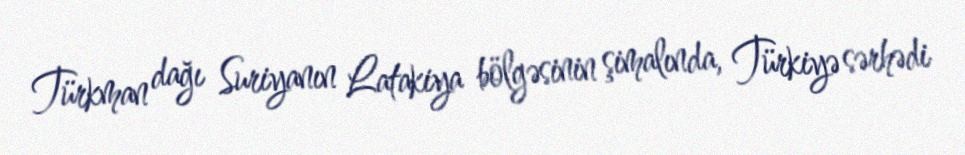
Türkman dağı Suriyanın Latakiya bölgəsinin şimalında, Türkiyə sərhədi